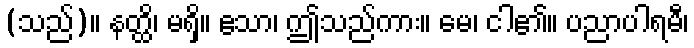
(သည်)။ နတ္ထိ၊ မရှိ။ ဧသာ၊ ဤသည်ကား။ မေ၊ ငါ၏။ ပညာပါရမီ၊